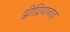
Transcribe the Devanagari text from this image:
द्बीद्रियानाह